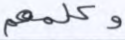
وكلمهم